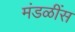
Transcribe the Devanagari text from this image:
मंडळींस